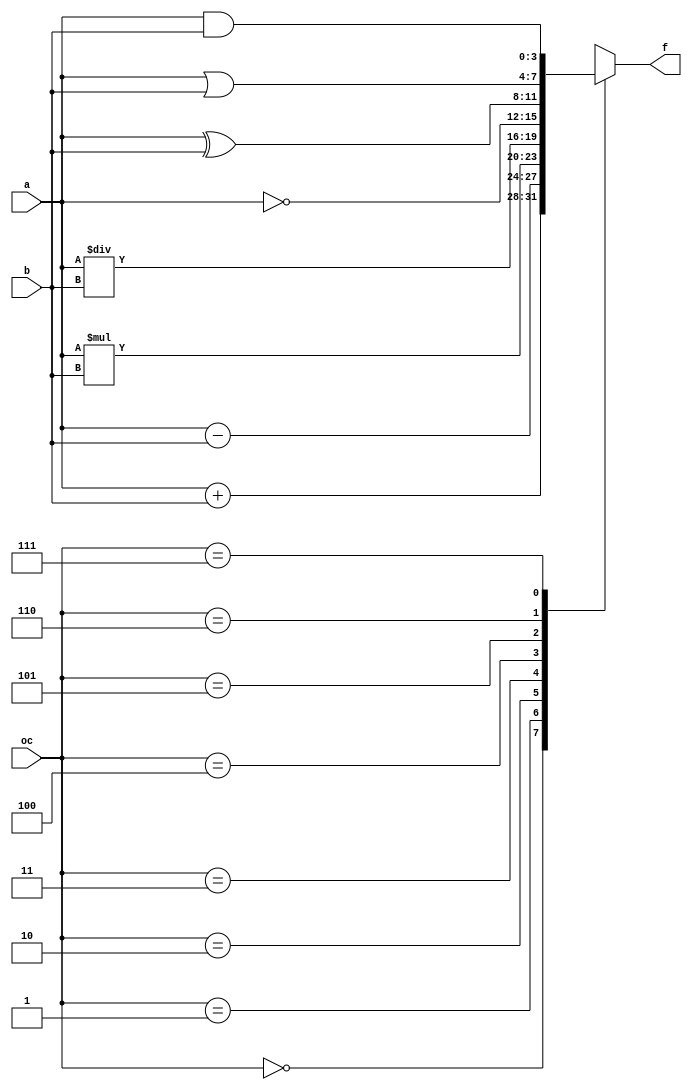
module alu(oc, a, b, f);

input [2:0] oc;
input [3:0] a, b;
output reg [3:0] f;

always @(oc or a or b) begin
    case(oc)
        3'b000: f = a + b;
        3'b001: f = a - b;
        3'b010: f = a * b;
        3'b011: f = a / b;
        3'b100: f = ~a;
        3'b101: f = a ^ b;
        3'b110: f = a | b;
        3'b111: f = a & b;
    endcase
end

endmodule